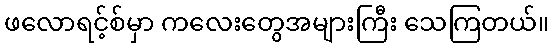
ဖလောရင့်စ်မှာ ကလေးတွေအများကြီး သေကြတယ်။